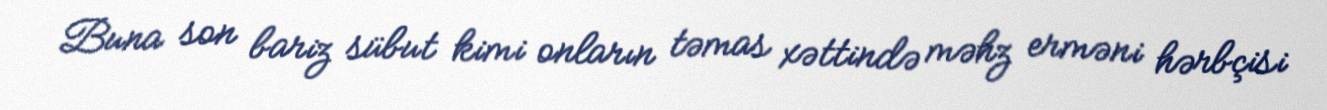
Buna son bariz sübut kimi onların təmas xəttində məhz erməni hərbçisi